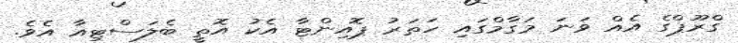
ގްރޫޕްގެ އެއް ވަނަ މަގާމްގައި ހަތަރު ޕޮއިންޓާ އެކު އޮތީ ބެލަސްޓިއާ އެވެ.